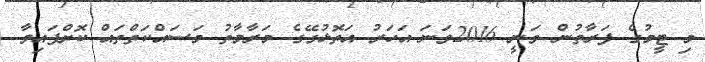
މި ޓީމުގެ ފަރާތުން ވަނީ 2016ވަނަ އަހަރު އަތޮޅުގޭގެ މަރާމާތު މަސައްކަތްތައް ކޮށްފައިވާ